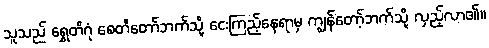
သူသည် ရွှေတိဂုံ စေတီတော်ဘက်သို့ ငေးကြည့်နေရာမှ ကျွန်တော့်ဘက်သို့ လှည့်လာ၏။